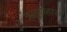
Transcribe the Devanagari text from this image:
ऋतुसंहार।